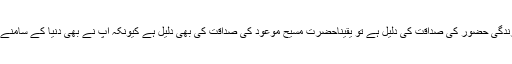
پس اگر دعویٰ نبوت سے قبل کی پاکیزہ زندگی حضور ؐکی صداقت کی دلیل ہے تو یقیناحضرت مسیح موعودؑ کی صداقت کی بھی دلیل ہے کیونکہ آپ نے بھی دنیا کے سامنے خدائی مرسل ہونے کا دعویٰ پیش کیا تھا۔